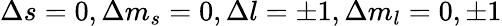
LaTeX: \Delta s=0,\Delta m_{s}=0,\Delta l=\pm 1,\Delta m_{l}=0,\pm 1